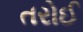
તરોઈ